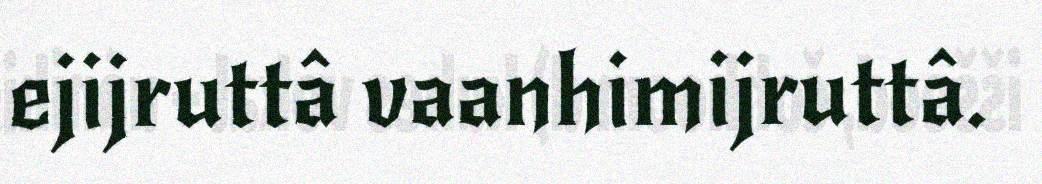
ejijruttâ vaanhimijruttâ.